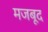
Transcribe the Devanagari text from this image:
मजबूद